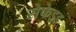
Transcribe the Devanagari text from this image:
सेफेइड